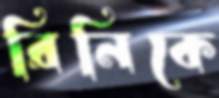
রিনিকে